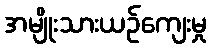
အမျိုးသားယဉ်ကျေးမှု